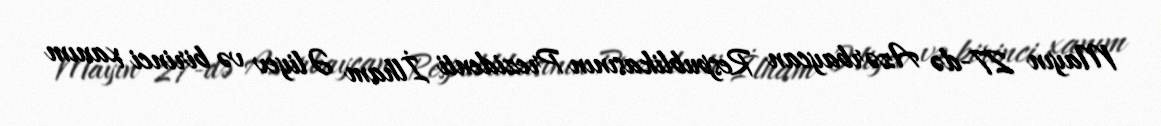
Mayın 27-də Azərbaycan Respublikasının Prezidenti İlham Əliyev və birinci xanım